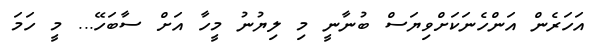
އަހަރެން އަންހެނަކަށްވިޔަސް ބުނާނީ މި ލިޔުނު މީހާ އަށް ސާބަހޭ... މީ ހަމަ